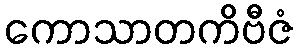
ကောသာတကိဗီဇံ